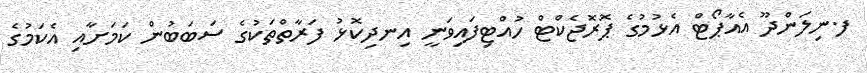
ފ.ނިލަންދޫ އެއާޕޯޓް އެޅުމުގެ ޕޮރޮޖެކްޓް ހުއްޓިފައިވަނީ އިނދިކޮޅު ފަރާތްތަކުގެ ސަބަބުން ކަމަށާއި އެކަމުގެ